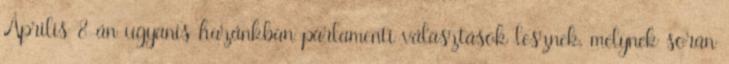
Április 8-án ugyanis hazánkban parlamenti választások lesznek, melynek során